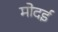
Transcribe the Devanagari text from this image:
मोदई